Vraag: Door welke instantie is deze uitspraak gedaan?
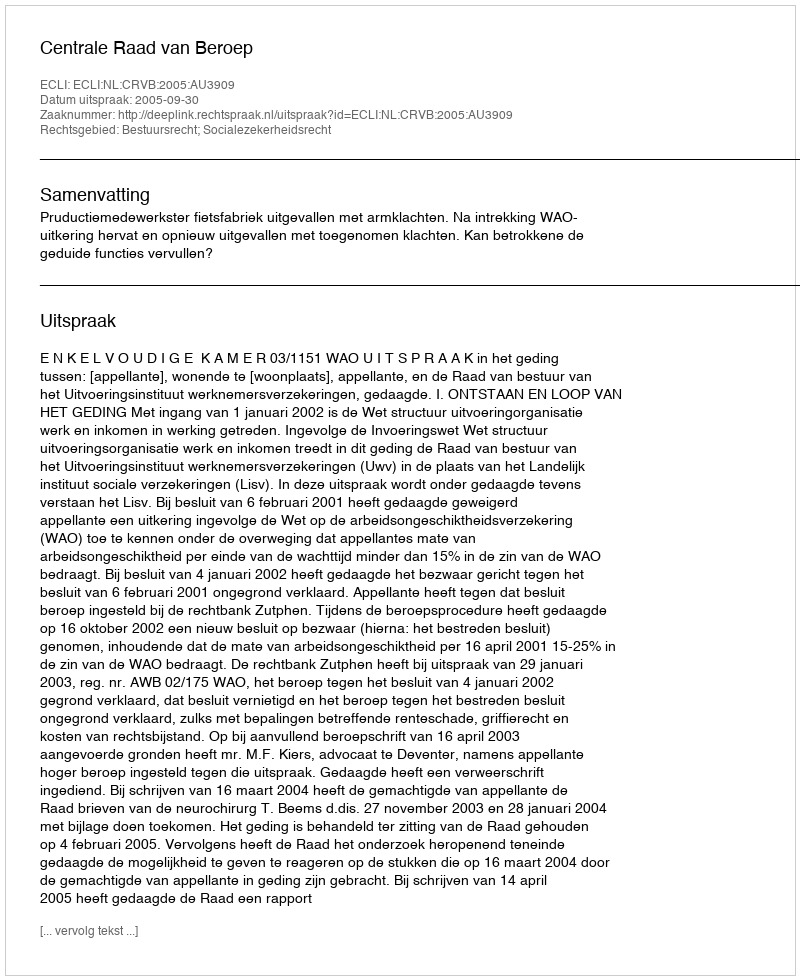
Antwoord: Centrale Raad van Beroep